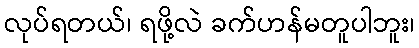
လုပ်ရတယ်၊ ရဖို့လဲ ခက်ဟန်မတူပါဘူး၊